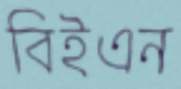
বিইএন